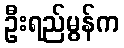
ဦးရည်မွန်က